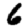
Digit: 6